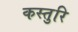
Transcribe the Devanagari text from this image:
कस्तुरि